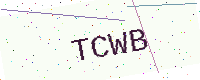
Text: TCWB